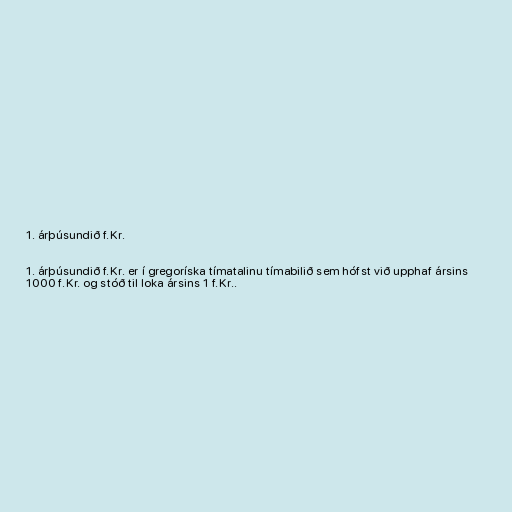
1. árþúsundið f.Kr.

1. árþúsundið f.Kr. er í gregoríska tímatalinu tímabilið sem hófst við upphaf ársins
1000 f.Kr. og stóð til loka ársins 1 f.Kr..